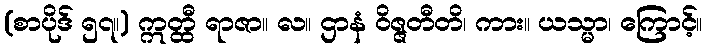
(စာပိုဒ် ၅၇။) ဣတ္ထီ ရာဇာ။ လ။ ဌာနံ ဝိဇ္ဇတီတိ၊ ကား။ ယသ္မာ၊ ကြောင့်။